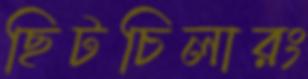
ছিটচিলারং